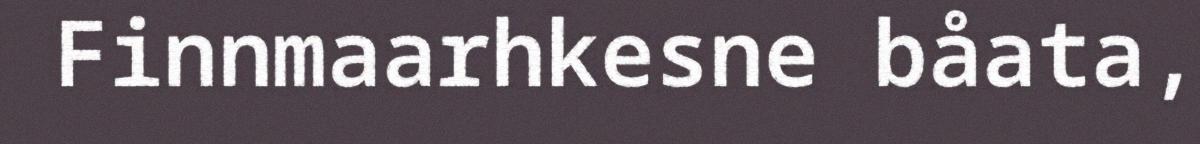
Finnmaarhkesne båata,